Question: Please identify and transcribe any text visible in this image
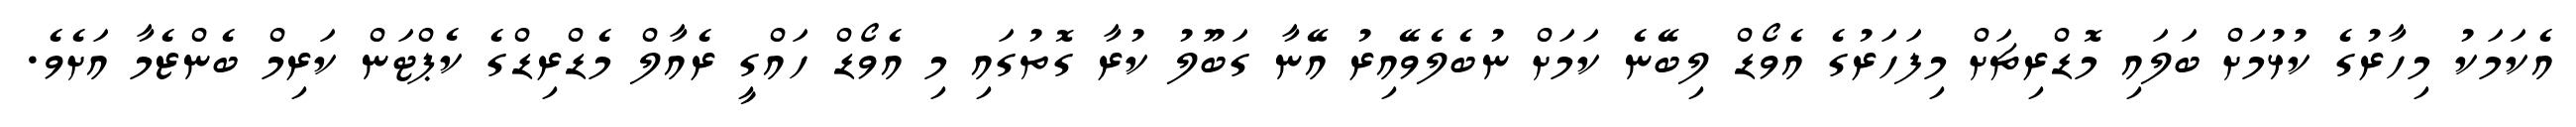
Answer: އެކަމަކު މިހާރުގެ ކުޅުމަށް ބަލައި މޮޑްރިޗަށް މިފަހަރުގެ އެވޯޑް ލިބޭނެ ކަމަށް ނުބެލެވޭއިރު އޭނާ ގަބޫލު ކުރާ ގޮތުގައި މި އެވޯޑް ހައްގީ ރެއާލް މެޑްރިޑްގެ ކެޕްޓަން ކަރިމް ބެންޒެމާ އަށެވެ.